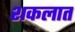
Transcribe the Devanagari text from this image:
शकलात